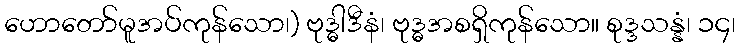
ဟောတော်မူအပ်ကုန်သော၊) ဗုဒ္ဓါဒီနံ၊ ဗုဒ္ဓအစရှိကုန်သော။ စုဒ္ဒသန္နံ၊ ၁၄၊